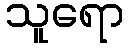
သူရော